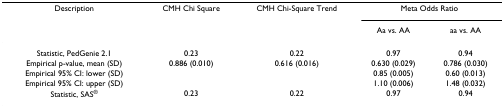
<table><thead><tr><td><b>Description</b></td><td><b>CMH Chi Square</b></td><td><b>CMH Chi-Square Trend</b></td><td colspan="2"><b>Meta Odds Ratio</b></td></tr><tr><td></td><td></td><td></td><td><b>Aa vs. AA</b></td><td><b>aa vs. AA</b></td></tr></thead><tbody><tr><td>Statistic, PedGenie 2.1</td><td>0.23</td><td>0.22</td><td>0.97</td><td>0.94</td></tr><tr><td>Empirical p-value, mean (SD)</td><td>0.886 (0.010)</td><td>0.616 (0.016)</td><td>0.630 (0.029)</td><td>0.786 (0.030)</td></tr><tr><td>Empirical 95% CI: lower (SD)</td><td></td><td></td><td>0.85 (0.005)</td><td>0.60 (0.013)</td></tr><tr><td>Empirical 95% CI: upper (SD)</td><td></td><td></td><td>1.10 (0.006)</td><td>1.48 (0.032)</td></tr><tr><td>Statistic, SAS<sup>®</sup></td><td>0.23</td><td>0.22</td><td>0.97</td><td>0.94</td></tr></tbody></table>